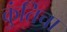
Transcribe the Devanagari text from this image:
कुंतिचा